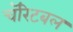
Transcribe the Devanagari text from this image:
चॅरिटबल